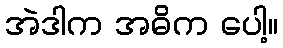
အဲဒါက အဓိက ပေါ့။